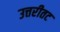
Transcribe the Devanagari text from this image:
उत्तरीतट